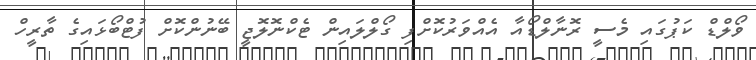
ވޯލްޑް ކަޕުގައި މެސީ ރޮނާލްޑޯއާ އެއްވަރުކޮށްފި ގޯލްލައިން ޓެކްނޮލޮޖީ ބޭނުންކޮށް ފުޓްބޯޅައިގެ ތާރީހް